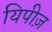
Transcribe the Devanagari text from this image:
यिपीज़